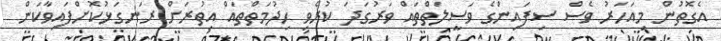
އެގޮތުން މިއަހަރު ވެސް ސިފައިންގެ ވަސީލަތްތައް ވަރުގަދަ ކުރެވި ހިދުމަތްތައް އިތުރަށް ރަނގަޅުކޮށްފައިވާކަން